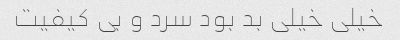
خیلی خیلی بد بود سرد و بی کیفیت